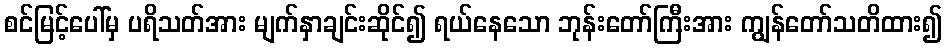
စင်မြင့်ပေါ်မှ ပရိသတ်အား မျက်နှာချင်းဆိုင်၍ ရယ်နေသော ဘုန်းတော်ကြီးအား ကျွန်တော်သတိထား၍